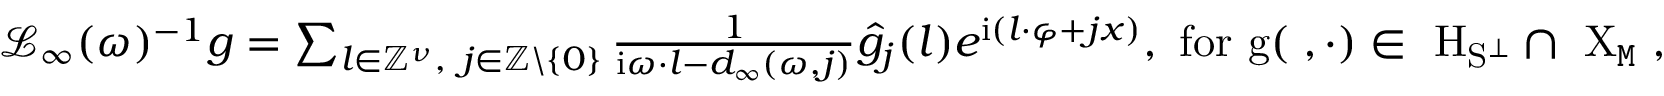
\begin{array} { r } { \mathcal { L } _ { \infty } ( \omega ) ^ { - 1 } g = \sum _ { l \in \mathbb { Z } ^ { \nu } , \ j \in \mathbb { Z } \backslash \left\{ 0 \right\} } \frac { 1 } { \mathrm { i } \omega \cdot l - d _ { \infty } ( \omega , j ) } \widehat { g } _ { j } ( l ) e ^ { \mathrm { i } ( l \cdot \varphi + j x ) } , \mathrm { ~ f o r ~ g ( \varphi , \cdot ) \in ~ H _ { S ^ \perp } \cap ~ X _ { \mathtt { M } } ~ , } } \end{array}